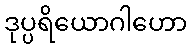
ဒုပ္ပရိယောဂါဟော